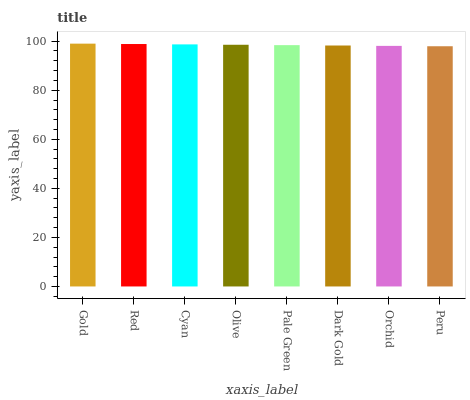
| xaxis_label | bars |
 | --- | --- |
 | Gold | 99 |
 | Red | 98.8 |
 | Cyan | 98.7 |
 | Olive | 98.5 |
 | Pale Green | 98.4 |
 | Dark Gold | 98.2 |
 | Orchid | 98.1 |
 | Peru | 97.9 |